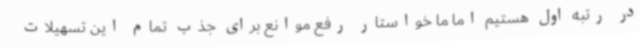
در رتبه اول هستیم اما ما خواستار رفع موانع برای جذب تمام این تسهیلات